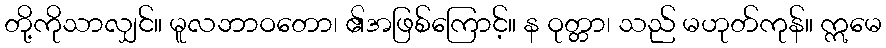
တို့ကိုသာလျှင်။ မူလဘာဝတော၊ ၏အဖြစ်ကြောင့်။ န ဝုတ္တာ၊ သည် မဟုတ်ကုန်။ ဣမေ